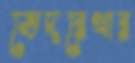
ভেদরেখার